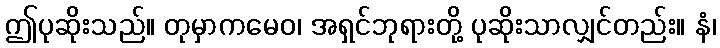
ဤပုဆိုးသည်။ တုမှာကမေဝ၊ အရှင်ဘုရားတို့ ပုဆိုးသာလျှင်တည်း။ နံ၊